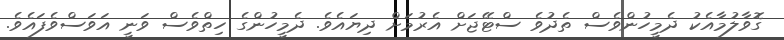
ގޮވާލުމާއެކު ދެމީހުންވެސް ތެދުވެ ސްޓޭޖަށް އެރުމަށް ދިޔައެވެ. ދެމީހުންގެ ހިތްވެސް ވަނީ އަވަސްވެފައެވެ.